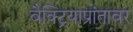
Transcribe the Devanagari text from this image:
बैक्ट्रियाप्रांतावर